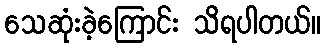
သေဆုံးခဲ့ကြောင်း သိရပါတယ်။